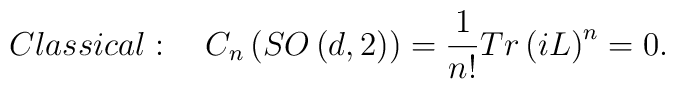
Classical:\quad C_{n}\left( SO\left( d,2\right) \right) =\frac{1}{n!}Tr\left( iL\right) ^{n}=0.